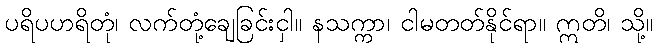
ပရိပဟရိတုံ၊ လက်တုံ့ချေခြင်းငှါ။ နသက္ကာ၊ ငါမတတ်နိုင်ရာ။ ဣတိ၊ သို့။